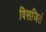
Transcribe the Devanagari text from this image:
विसजिर्त